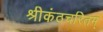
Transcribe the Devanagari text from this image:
श्रीकंठचरितम्